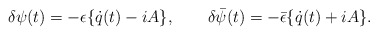
\begin{align*}\delta \psi (t) = -\epsilon \{\dot{q}(t) - iA\},\qquad\delta \bar{\psi }(t) = -\bar{\epsilon }\{\dot{q}(t) + iA\}.\end{align*}